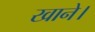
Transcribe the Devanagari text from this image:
खाने।